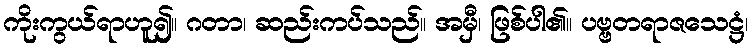
ကိုးကွယ်ရာဟူ၍။ ဂတာ၊ ဆည်းကပ်သည်။ အမှီ၊ ဖြစ်ပါ၏။ ပဗ္ဗတရာဇသေဋ္ဌံ၊